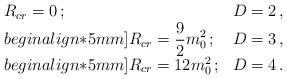
LaTeX: \begin{align*}\begin{array}{ll} R_{cr}=0\, ; & D=2\, ,\\begin{align*}5mm] \displaystyle R_{cr}=\frac{9}{2}m_{0}^{2}\, ; & D=3\, ,\\begin{align*}5mm] R_{cr}=12 m_{0}^{2}\, ; & D=4\, .\end{array}\end{align*}